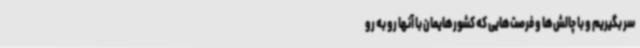
سر بگیریم و با چالش‌ها و فرصت‌هایی که کشورهایمان با آنها رو به رو